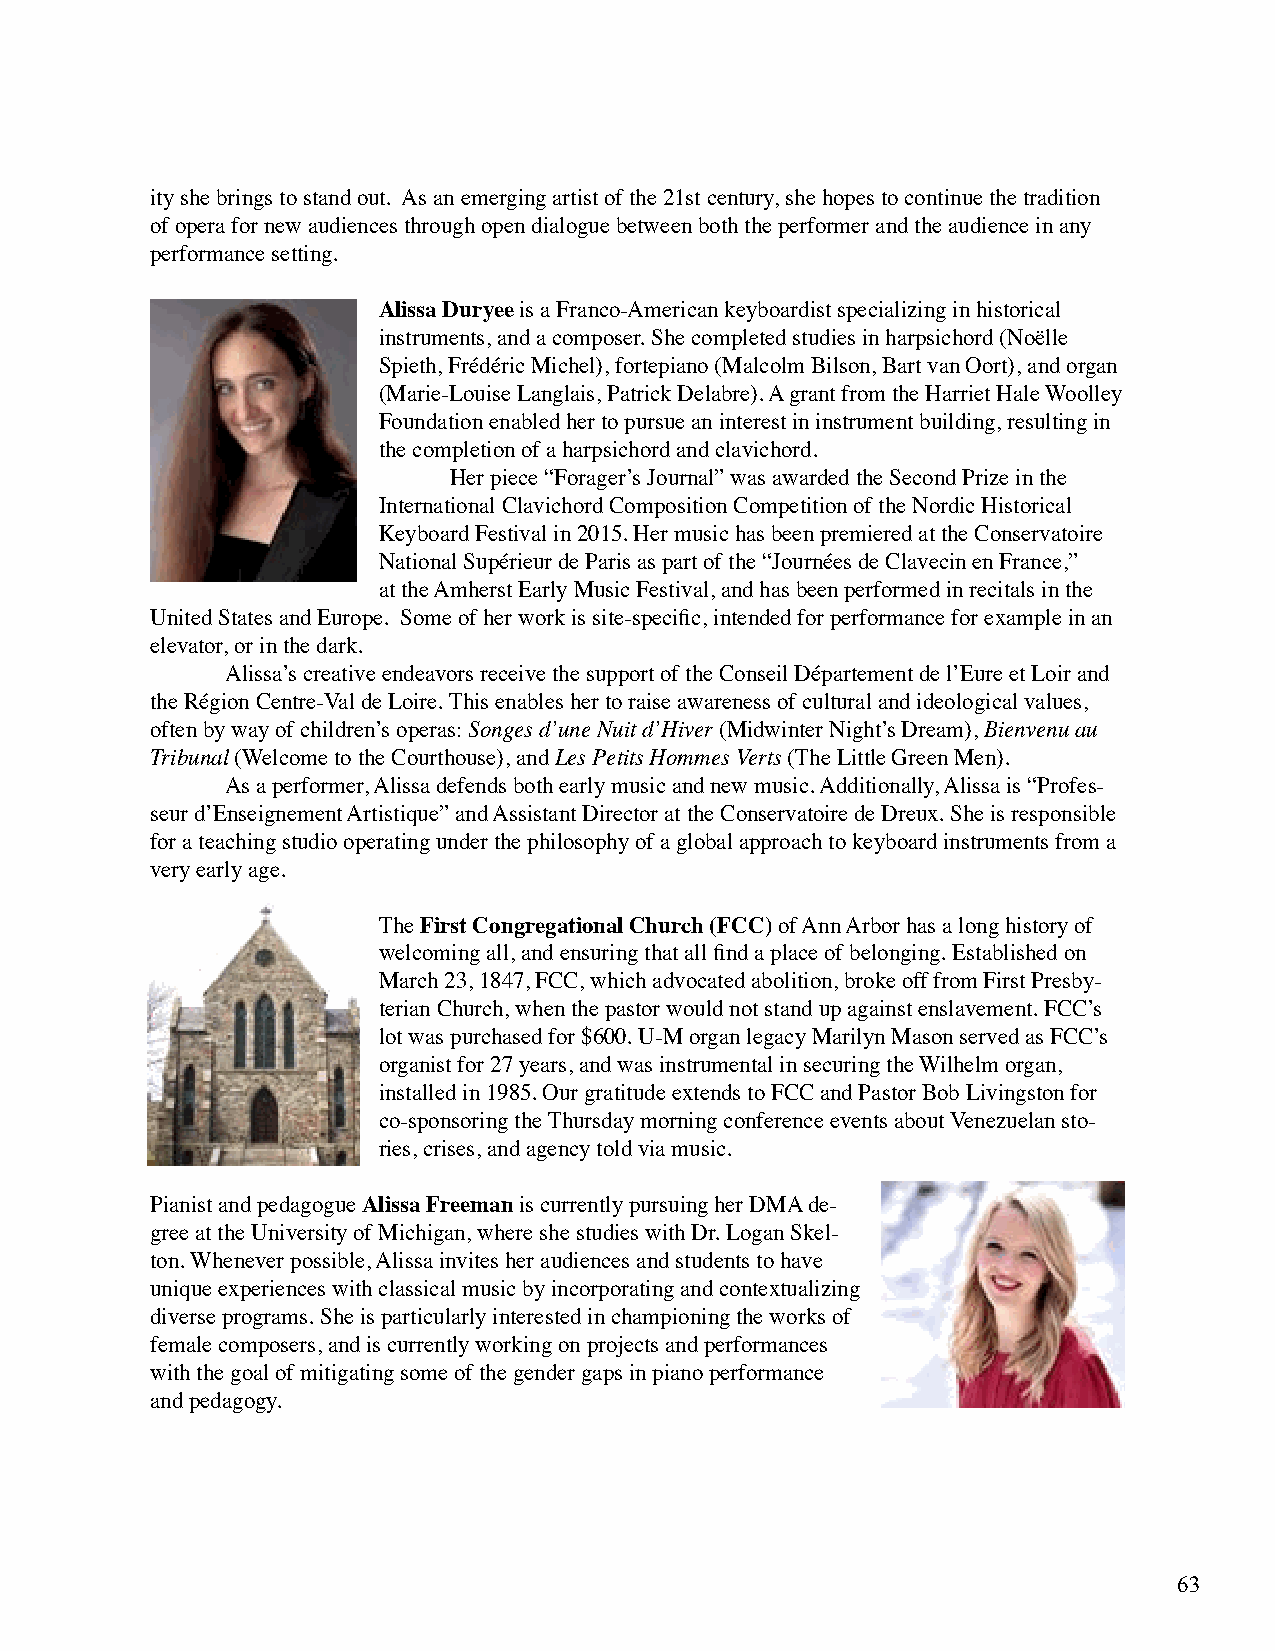
ity she brings to stand out. As an emerging artist of the 21st century, she hopes to continue the tradition
 of opera for new audiences through open dialogue between both the performer and the audience in any
 performance setting.
 Alissa Duryee is a Franco-American keyboardist specializing in historical
 instruments, and a composer. She completed studies in harpsichord (Noëlle
 Spieth, Frédéric Michel), fortepiano (Malcolm Bilson, Bart van Oort), and organ
 (Marie-Louise Langlais, Patrick Delabre). A grant from the Harriet Hale Woolley
 Foundation enabled her to pursue an interest in instrument building, resulting in
 the completion of a harpsichord and clavichord.
 Her piece “Forager’s Journal” was awarded the Second Prize in the
 International Clavichord Composition Competition of the Nordic Historical
 Keyboard Festival in 2015. Her music has been premiered at the Conservatoire
 National Supérieur de Paris as part of the “Journées de Clavecin en France,”
 at the Amherst Early Music Festival, and has been performed in recitals in the
 United States and Europe. Some of her work is site-specific, intended for performance for example in an
 elevator, or in the dark.
 Alissa’s creative endeavors receive the support of the Conseil Département de l’Eure et Loir and
 the Région Centre-Val de Loire. This enables her to raise awareness of cultural and ideological values,
 often by way of children’s operas: Songes d’une Nuit d’Hiver (Midwinter Night’s Dream), Bienvenu au
 Tribunal (Welcome to the Courthouse), and Les Petits Hommes Verts (The Little Green Men).
 As a performer, Alissa defends both early music and new music. Additionally, Alissa is “Profes-
 seur d’Enseignement Artistique” and Assistant Director at the Conservatoire de Dreux. She is responsible
 for a teaching studio operating under the philosophy of a global approach to keyboard instruments from a
 very early age.
 The First Congregational Church (FCC) of Ann Arbor has a long history of
 welcoming all, and ensuring that all find a place of belonging. Established on
 March 23, 1847, FCC, which advocated abolition, broke off from First Presby-
 terian Church, when the pastor would not stand up against enslavement. FCC’s
 lot was purchased for $600. U-M organ legacy Marilyn Mason served as FCC’s
 organist for 27 years, and was instrumental in securing the Wilhelm organ,
 installed in 1985. Our gratitude extends to FCC and Pastor Bob Livingston for
 co-sponsoring the Thursday morning conference events about Venezuelan sto-
 ries, crises, and agency told via music.
 Pianist and pedagogue Alissa Freeman is currently pursuing her DMA de-
 gree at the University of Michigan, where she studies with Dr. Logan Skel-
 ton. Whenever possible, Alissa invites her audiences and students to have
 unique experiences with classical music by incorporating and contextualizing
 diverse programs. She is particularly interested in championing the works of
 female composers, and is currently working on projects and performances
 with the goal of mitigating some of the gender gaps in piano performance
 and pedagogy.
 63